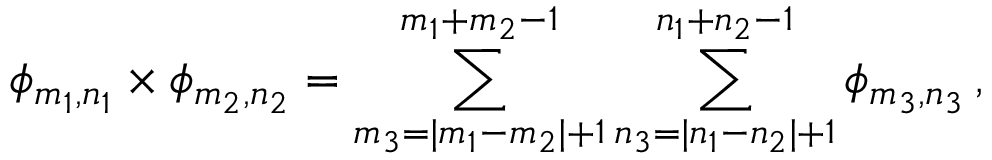
\phi _ { m _ { 1 } , n _ { 1 } } \times \phi _ { m _ { 2 } , n _ { 2 } } = \sum _ { m _ { 3 } = | m _ { 1 } - m _ { 2 } | + 1 } ^ { m _ { 1 } + m _ { 2 } - 1 } \sum _ { n _ { 3 } = | n _ { 1 } - n _ { 2 } | + 1 } ^ { n _ { 1 } + n _ { 2 } - 1 } \phi _ { m _ { 3 } , n _ { 3 } } \, ,